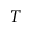
T